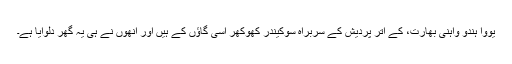
یووا ہندو واہنی بھارت، کے اتر پردیش کے سربراہ سوکیندر کھوکھر اسی گاؤں کے ہیں اور انھوں نے ہی یہ گھر دلوایا ہے۔